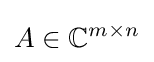
A\in \mathbb {C} ^{m\times n}